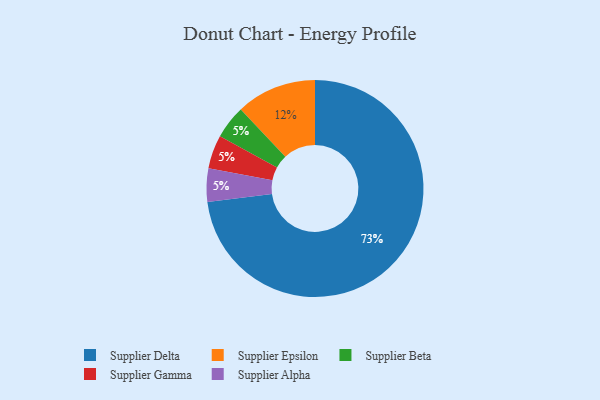
{"axis": {"x": "Category", "y": "Percentage"}, "legend": ["Supplier Alpha", "Supplier Beta", "Supplier Delta", "Supplier Epsilon", "Supplier Gamma"], "data": [{"x": "Supplier Beta", "y": 5, "type": "Supplier Beta"}, {"x": "Supplier Epsilon", "y": 12, "type": "Supplier Epsilon"}, {"x": "Supplier Gamma", "y": 5, "type": "Supplier Gamma"}, {"x": "Supplier Alpha", "y": 5, "type": "Supplier Alpha"}, {"x": "Supplier Delta", "y": 73, "type": "Supplier Delta"}]}